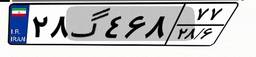
۲۸گ۴۶۸۷۷